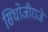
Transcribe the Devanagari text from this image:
सिधोजीराजे